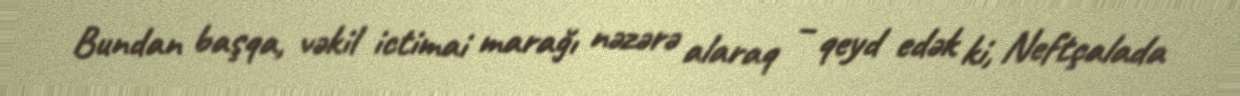
Bundan başqa, vəkil ictimai marağı nəzərə alaraq – qeyd edək ki, Neftçalada